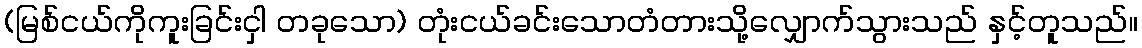
(မြစ်ငယ်ကိုကူးခြင်းငှါ တခုသော) တုံးငယ်ခင်းသောတံတားသို့လျှောက်သွားသည် နှင့်တူသည်။